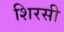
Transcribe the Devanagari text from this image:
शिरसी